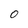
Character: O